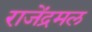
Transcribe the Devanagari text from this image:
राजेंद्रमल